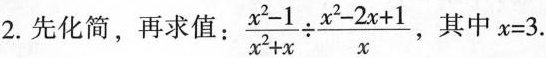
2. 先化简，再求值： $$\frac{x^{2}-1}{x^{2}+x}\div \frac{x^{2}-2x+1}{x}$$ ，其中$$x=3$$.